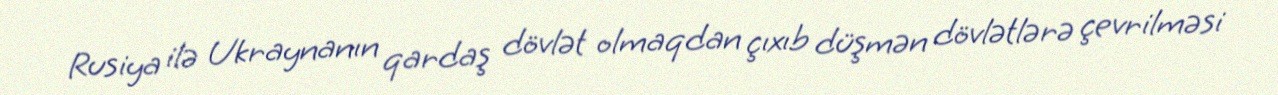
Rusiya ilə Ukraynanın qardaş dövlət olmaqdan çıxıb düşmən dövlətlərə çevrilməsi